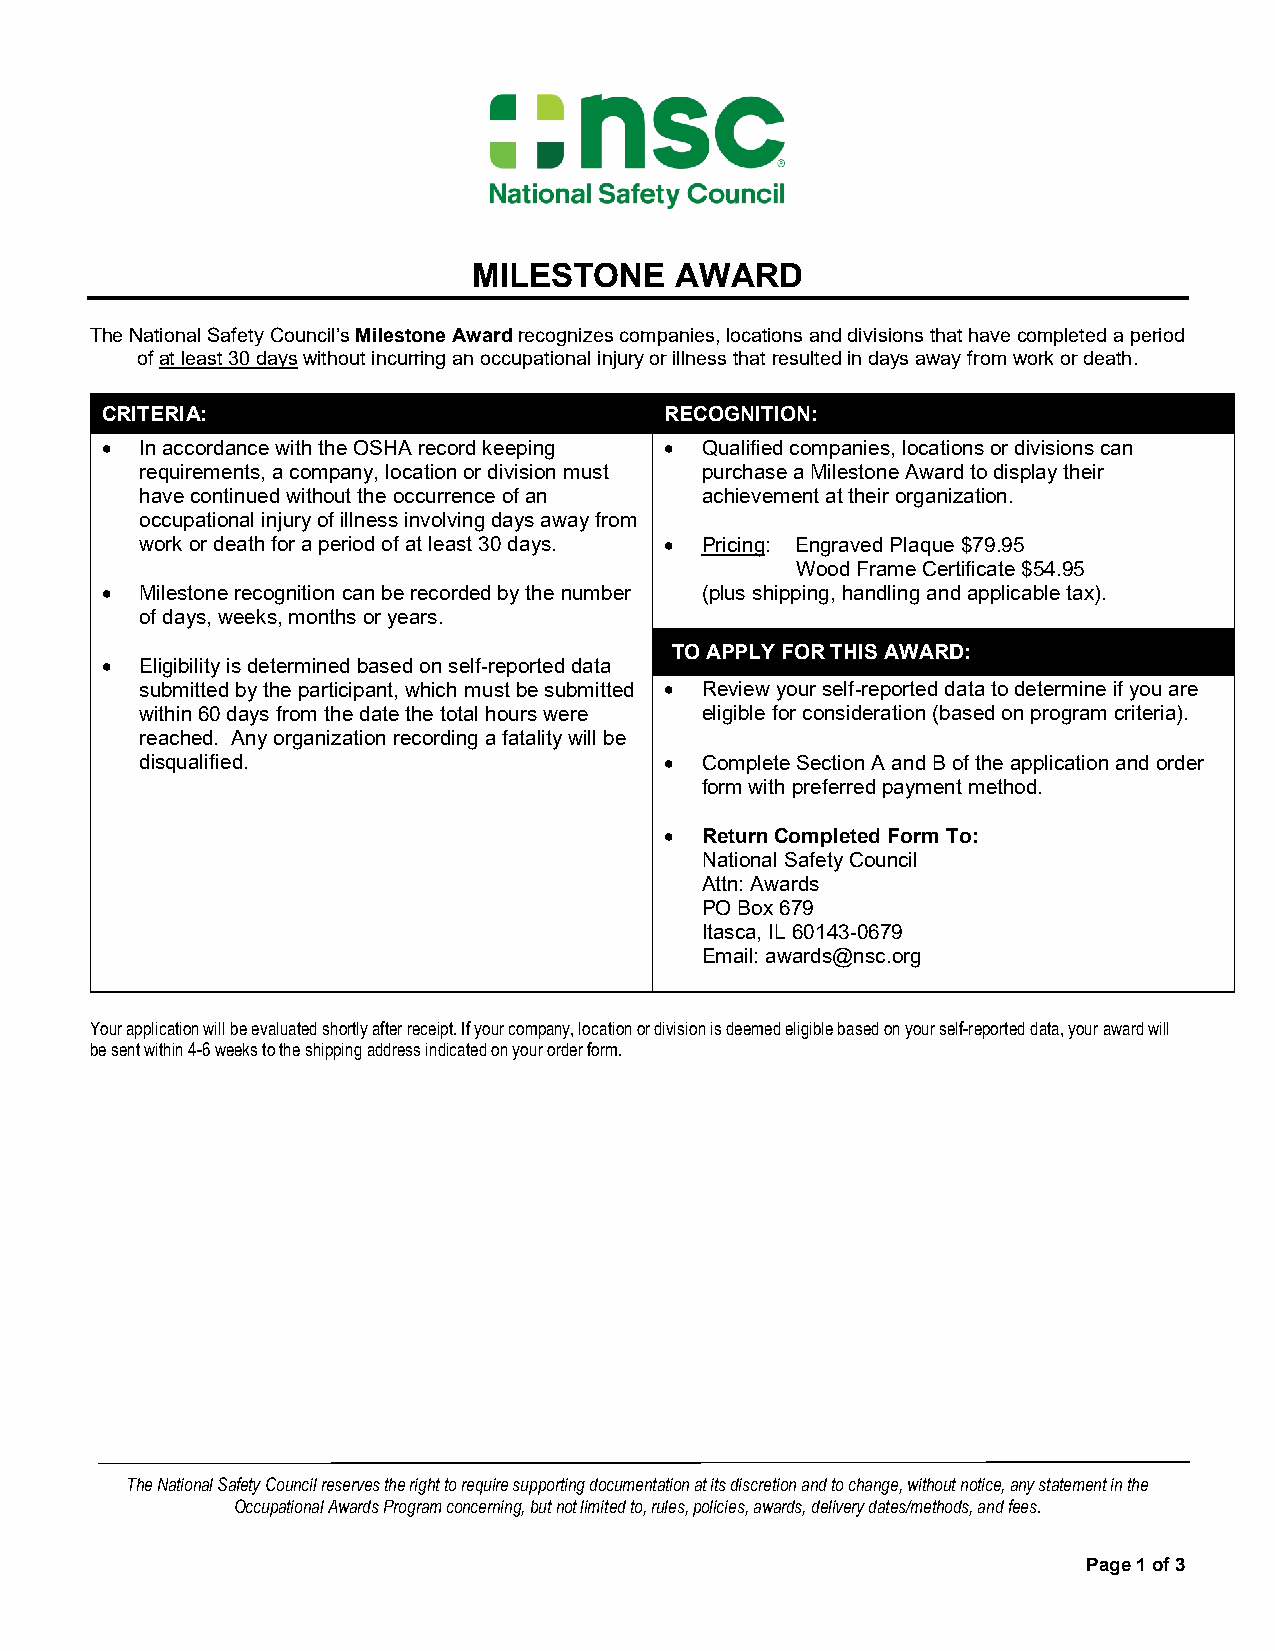
MILESTONE     AWARD
 The National Safety Council’s Milestone Award recognizes companies, locations and divisions that have completed a period
 of at least 30 days without incurring an occupational injury or illness that resulted in days away from work or death.
 CRITERIA:                            RECOGNITION:
 • In accordance with the OSHA record keeping • Qualified companies, locations or divisions can
 requirements, a company, location or division must purchase a Milestone Award to display their
 have continued without the occurrence of an achievement at their organization.
 occupational injury of illness involving days away from
 work or death for a period of at least 30 days. • Pricing: Engraved Plaque $79.95
 Wood Frame Certificate $54.95
 • Milestone recognition can be recorded by the number (plus shipping, handling and applicable tax).
 of days, weeks, months or years.
 TO APPLY FOR THIS AWARD:
 • Eligibility is determined based on self-reported data
 submitted by the participant, which must be submitted • Review your self-reported data to determine if you are
 within 60 days from the date the total hours were eligible for consideration (based on program criteria).
 reached. Any organization recording a fatality will be
 disqualified.                      • Complete Section A and B of the application and order
 form with preferred payment method.
 • Return Completed Form To:
 National Safety Council
 Attn: Awards
 PO Box 679
 Itasca, IL 60143-0679
 Email: awards@nsc.org
 Your application will be evaluated shortly after receipt. If your company, location or division is deemed eligible based on your self-reported data, your award will
 be sent within 4-6 weeks to the shipping address indicated on your order form.
 The National Safety Council reserves the right to require supporting documentation at its discretion and to change, without notice, any statement in the
 Occupational Awards Program concerning, but not limited to, rules, policies, awards, delivery dates/methods, and fees.
 Page 1 of 3